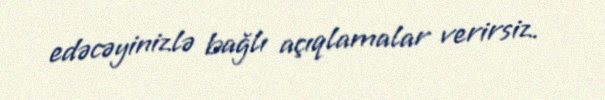
edəcəyinizlə bağlı açıqlamalar verirsiz.